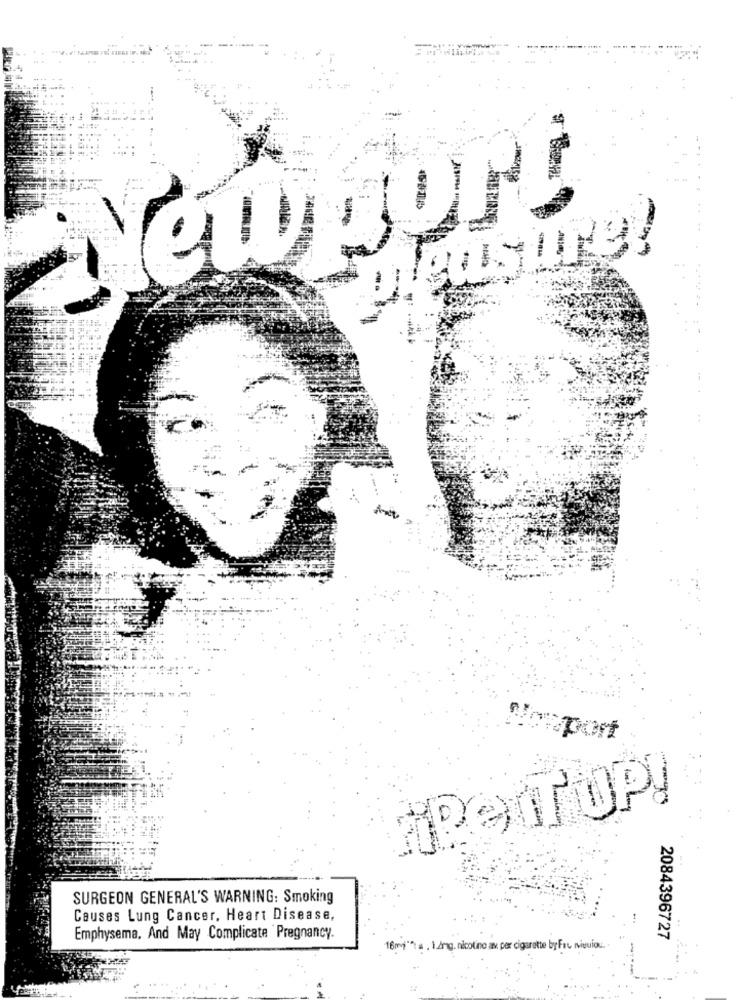
eusure?
Vouport
APetTOP!
SURGEON GENERAL'S WARNING: Smoking
Causes Lung Cancer, Heart Disease,
Emphysema, And May Complicate Pregnancy.
2084396727
16my" a . 1 4mg nicotina av per cigarette by Fru ninguion.